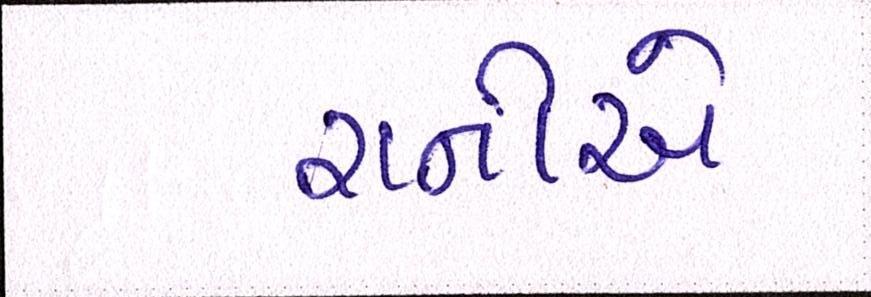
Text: રાનીએ